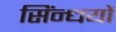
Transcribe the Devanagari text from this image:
सिंन्धयों